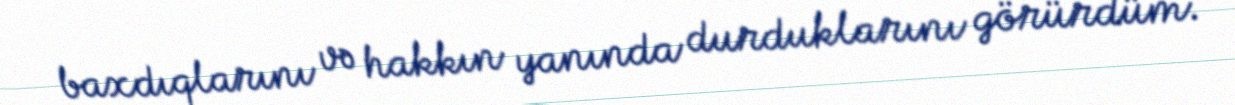
baxdıqlarını və hakkın yanında durduklarını görürdüm.